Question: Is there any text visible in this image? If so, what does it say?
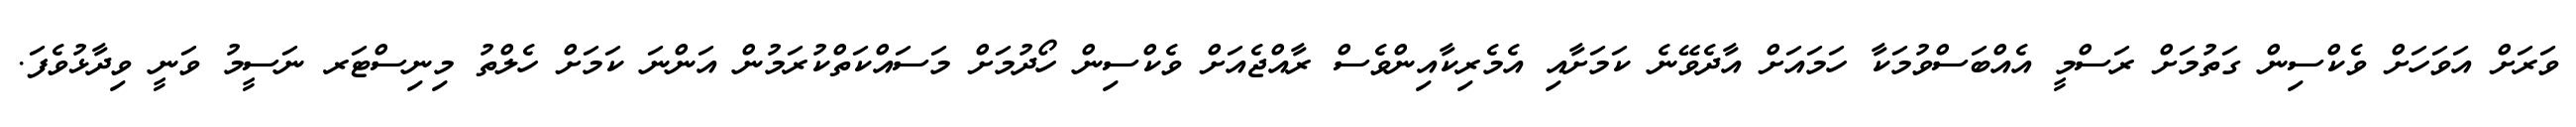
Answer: ވަރަށް އަވަހަށް ވެކްސިން ގަތުމަށް ރަސްމީ އެއްބަސްވުމަކާ ހަމައަށް އާދެވޭނެ ކަމަށާއި އެމެރިކާއިންވެސް ރާއްޖެއަށް ވެކްސިން ހޯދުމަށް މަސައްކަތްކުރަމުން އަންނަ ކަމަށް ހެލްތު މިނިސްޓަރ ނަސީމު ވަނީ ވިދާޅުވެފަ.